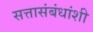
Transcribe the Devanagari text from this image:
सत्तासंबंधांशी